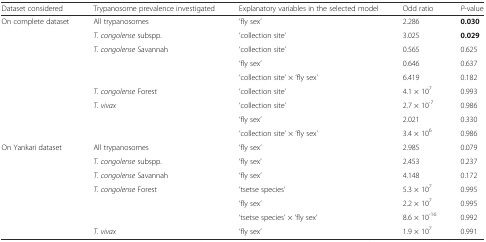
<table><thead><tr><td><b>Dataset considered</b></td><td><b>Trypanosome prevalence investigated</b></td><td><b>Explanatory variables in the selected model</b></td><td><b>Odd ratio</b></td><td><b><i>P</i>-value</b></td></tr></thead><tbody><tr><td rowspan="9">On complete dataset</td><td>All trypanosomes</td><td>‘fly sex’</td><td>2.286</td><td><b>0.030</b></td></tr><tr><td><i>T. congolense</i> subspp.</td><td>‘collection site’</td><td>3.025</td><td><b>0.029</b></td></tr><tr><td rowspan="3"><i>T. congolense</i> Savannah</td><td>‘collection site’</td><td>0.565</td><td>0.625</td></tr><tr><td>‘fly sex’</td><td>0.646</td><td>0.637</td></tr><tr><td>‘collection site’ × ‘fly sex’</td><td>6.419</td><td>0.182</td></tr><tr><td><i>T. congolense</i> Forest</td><td>‘collection site’</td><td>4.1 × 10<sup>7</sup></td><td>0.993</td></tr><tr><td rowspan="3"><i>T. vivax</i></td><td>‘collection site’</td><td>2.7 × 10<sup>-7</sup></td><td>0.986</td></tr><tr><td>‘fly sex’</td><td>2.021</td><td>0.330</td></tr><tr><td>‘collection site’ × ‘fly sex’</td><td>3.4 × 10<sup>6</sup></td><td>0.986</td></tr><tr><td rowspan="7">On Yankari dataset</td><td>All trypanosomes</td><td>‘fly sex’</td><td>2.985</td><td>0.079</td></tr><tr><td><i>T. congolense</i> subspp.</td><td>‘fly sex’</td><td>2.453</td><td>0.237</td></tr><tr><td><i>T. congolense</i> Savannah</td><td>‘fly sex’</td><td>4.148</td><td>0.172</td></tr><tr><td rowspan="3"><i>T. congolense</i> Forest</td><td>‘tsetse species’</td><td>5.3 × 10<sup>7</sup></td><td>0.995</td></tr><tr><td>‘fly sex’</td><td>2.2 × 10<sup>7</sup></td><td>0.995</td></tr><tr><td>‘tsetse species’ × ‘fly sex’</td><td>8.6 × 10<sup>-16</sup></td><td>0.992</td></tr><tr><td><i>T. vivax</i></td><td>‘fly sex’</td><td>1.9 × 10<sup>7</sup></td><td>0.991</td></tr></tbody></table>